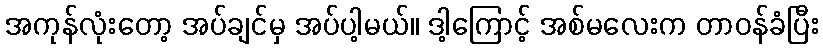
အကုန်လုံးတော့ အပ်ချင်မှ အပ်ပါ့မယ်။ ဒါ့ကြောင့် အစ်မလေးက တာဝန်ခံပြီး